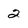
Character: 2